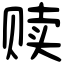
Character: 赎